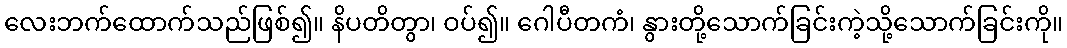
လေးဘက်ထောက်သည်ဖြစ်၍။ နိပတိတွာ၊ ဝပ်၍။ ဂေါပီတကံ၊ နွားတို့သောက်ခြင်းကဲ့သို့သောက်ခြင်းကို။